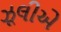
ઝૂલીએ